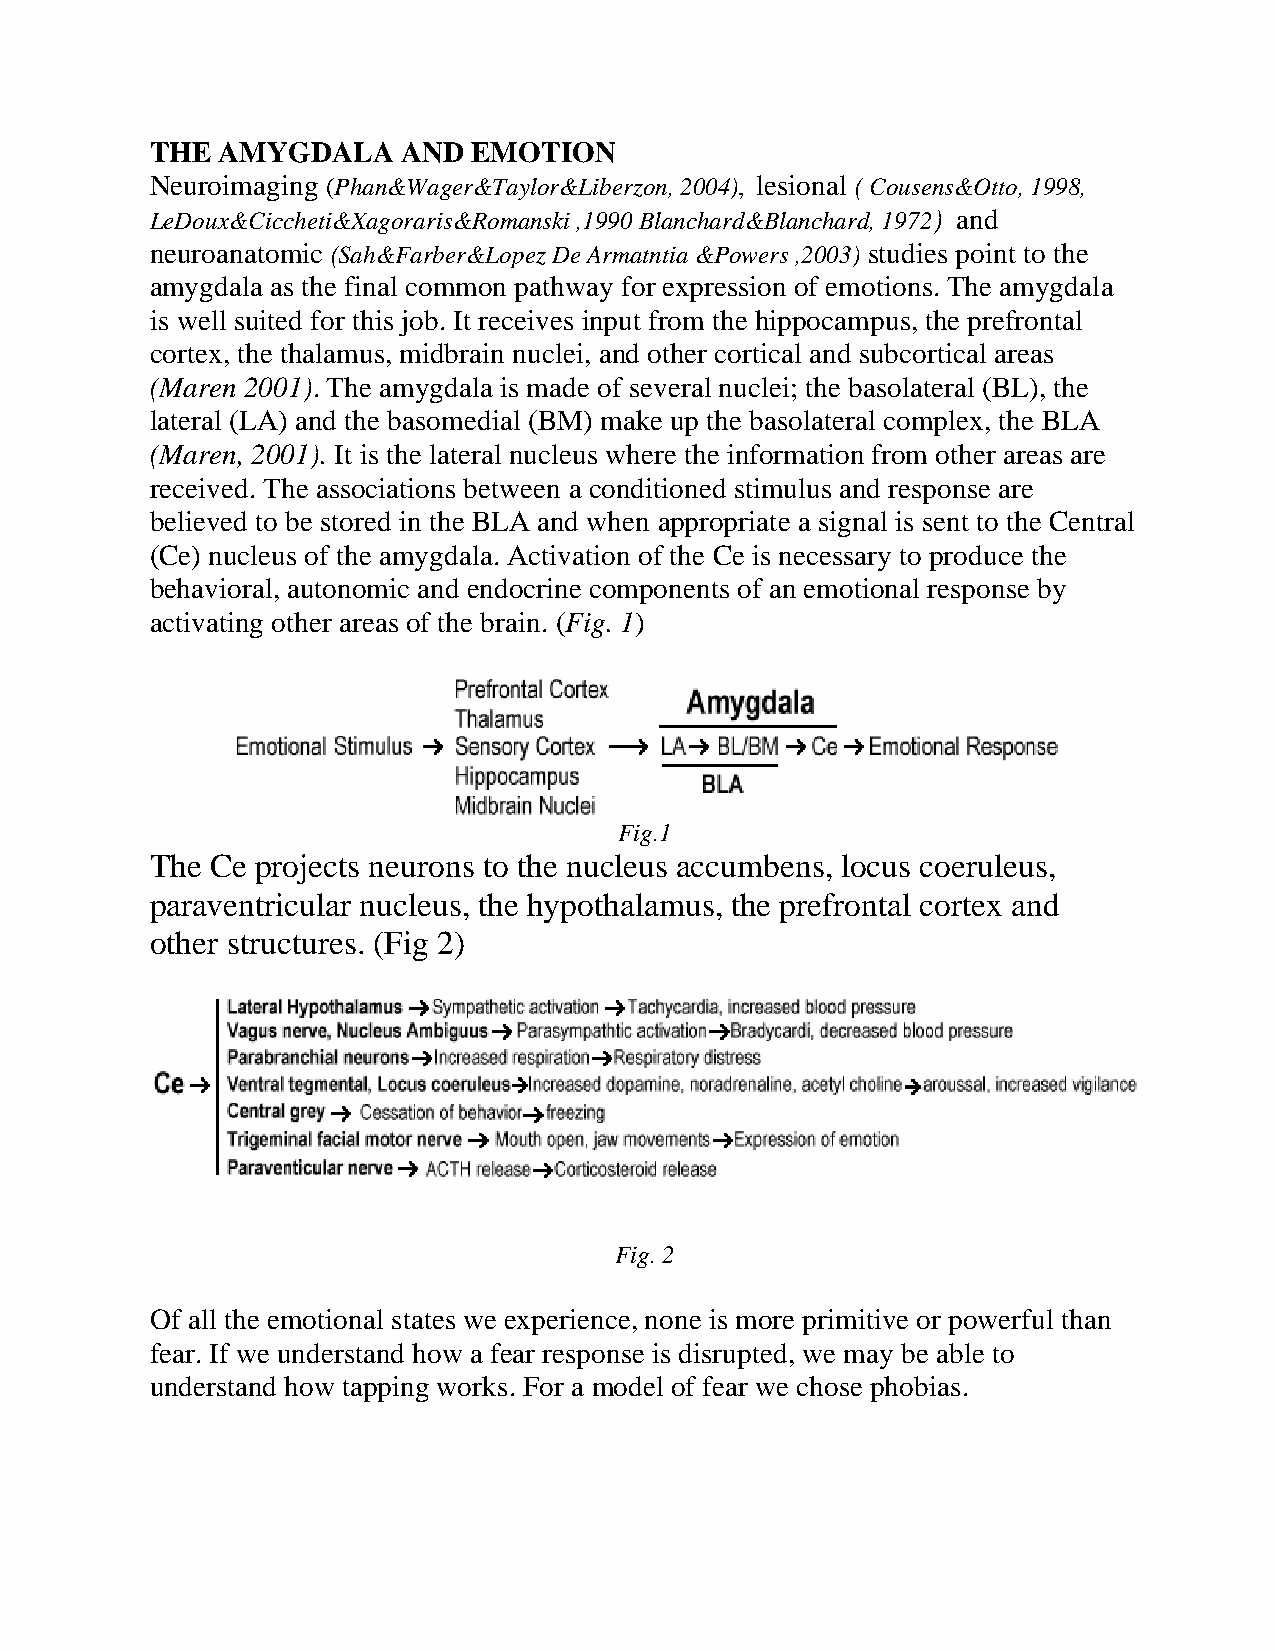
THE AMYGDALA     AND EMOTION
 Neuroimaging (Phan&Wager&Taylor&Liberzon, 2004), lesional ( Cousens&Otto, 1998,
 LeDoux&Ciccheti&Xagoraris&Romanski ,1990 Blanchard&Blanchard, 1972) and
 neuroanatomic (Sah&Farber&Lopez De Armatntia &Powers ,2003) studies point to the
 amygdala as the final common pathway for expression of emotions. The amygdala
 is well suited for this job. It receives input from the hippocampus, the prefrontal
 cortex, the thalamus, midbrain nuclei, and other cortical and subcortical areas
 (Maren 2001). The amygdala is made of several nuclei; the basolateral (BL), the
 lateral (LA) and the basomedial (BM) make up the basolateral complex, the BLA
 (Maren, 2001). It is the lateral nucleus where the information from other areas are
 received. The associations between a conditioned stimulus and response are
 believed to be stored in the BLA and when appropriate a signal is sent to the Central
 (Ce) nucleus of the amygdala. Activation of the Ce is necessary to produce the
 behavioral, autonomic and endocrine components of an emotional response by
 activating other areas of the brain. (Fig. 1)
 Fig.1
 The Ce projects neurons to the nucleus accumbens, locus coeruleus,
 paraventricular nucleus, the hypothalamus, the prefrontal cortex and
 other structures. (Fig 2)
 Fig. 2
 Of all the emotional states we experience, none is more primitive or powerful than
 fear. If we understand how a fear response is disrupted, we may be able to
 understand how tapping works. For a model of fear we chose phobias.